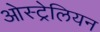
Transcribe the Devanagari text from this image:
ओस्ट्रेलियन